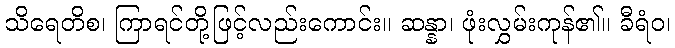
သိရေတိစ၊ ကြာရင်တို့ဖြင့်လည်းကောင်း။ ဆန္နာ၊ ဖုံးလွှမ်းကုန်၏။ ခီရံဝ၊